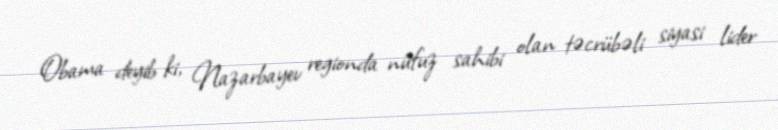
Obama deyib ki, Nazarbayev regionda nüfuz sahibi olan təcrübəli siyasi lider